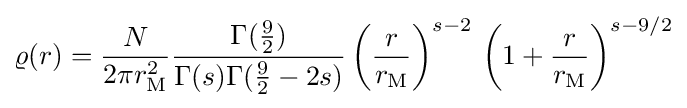
\varrho (r)={\frac {N}{2\pi r_{\text{M}}^{2}}}{\frac {\Gamma ({\tfrac {9}{2}})}{\Gamma (s)\Gamma ({\frac {9}{2}}-2s)}}\left({\frac {r}{r_{\text{M}}}}\right)^{s-2}\,\left(1+{\frac {r}{r_{\text{M}}}}\right)^{s-9/2}